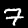
Label: 7